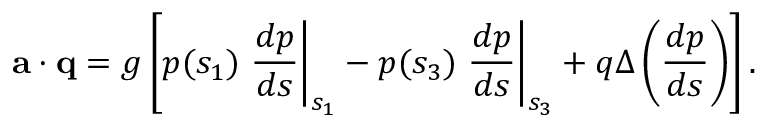
{ \bf a } \cdot { \bf q } = g \left[ p ( s _ { 1 } ) \left. \frac { d p } { d s } \right| _ { s _ { 1 } } - p ( s _ { 3 } ) \left. \frac { d p } { d s } \right| _ { s _ { 3 } } + q \Delta \left( \frac { d p } { d s } \right) \right] .